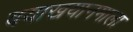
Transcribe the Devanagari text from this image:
वयाखयानमाला